Lunatic asylums Central Provinces reports 1910-1926 - 1910-1926
Year: 1910
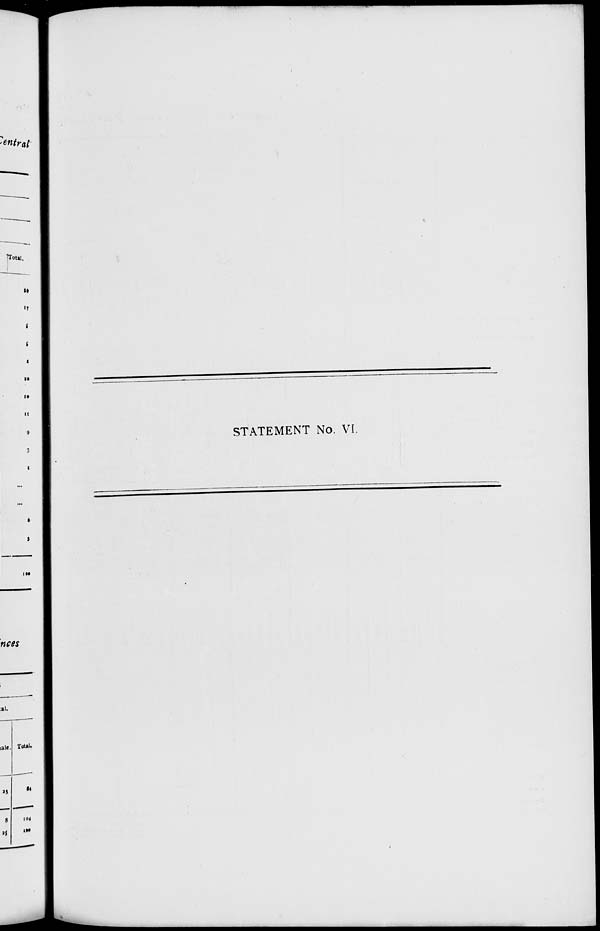
STATEMENT No. VI.